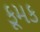
કૂમક